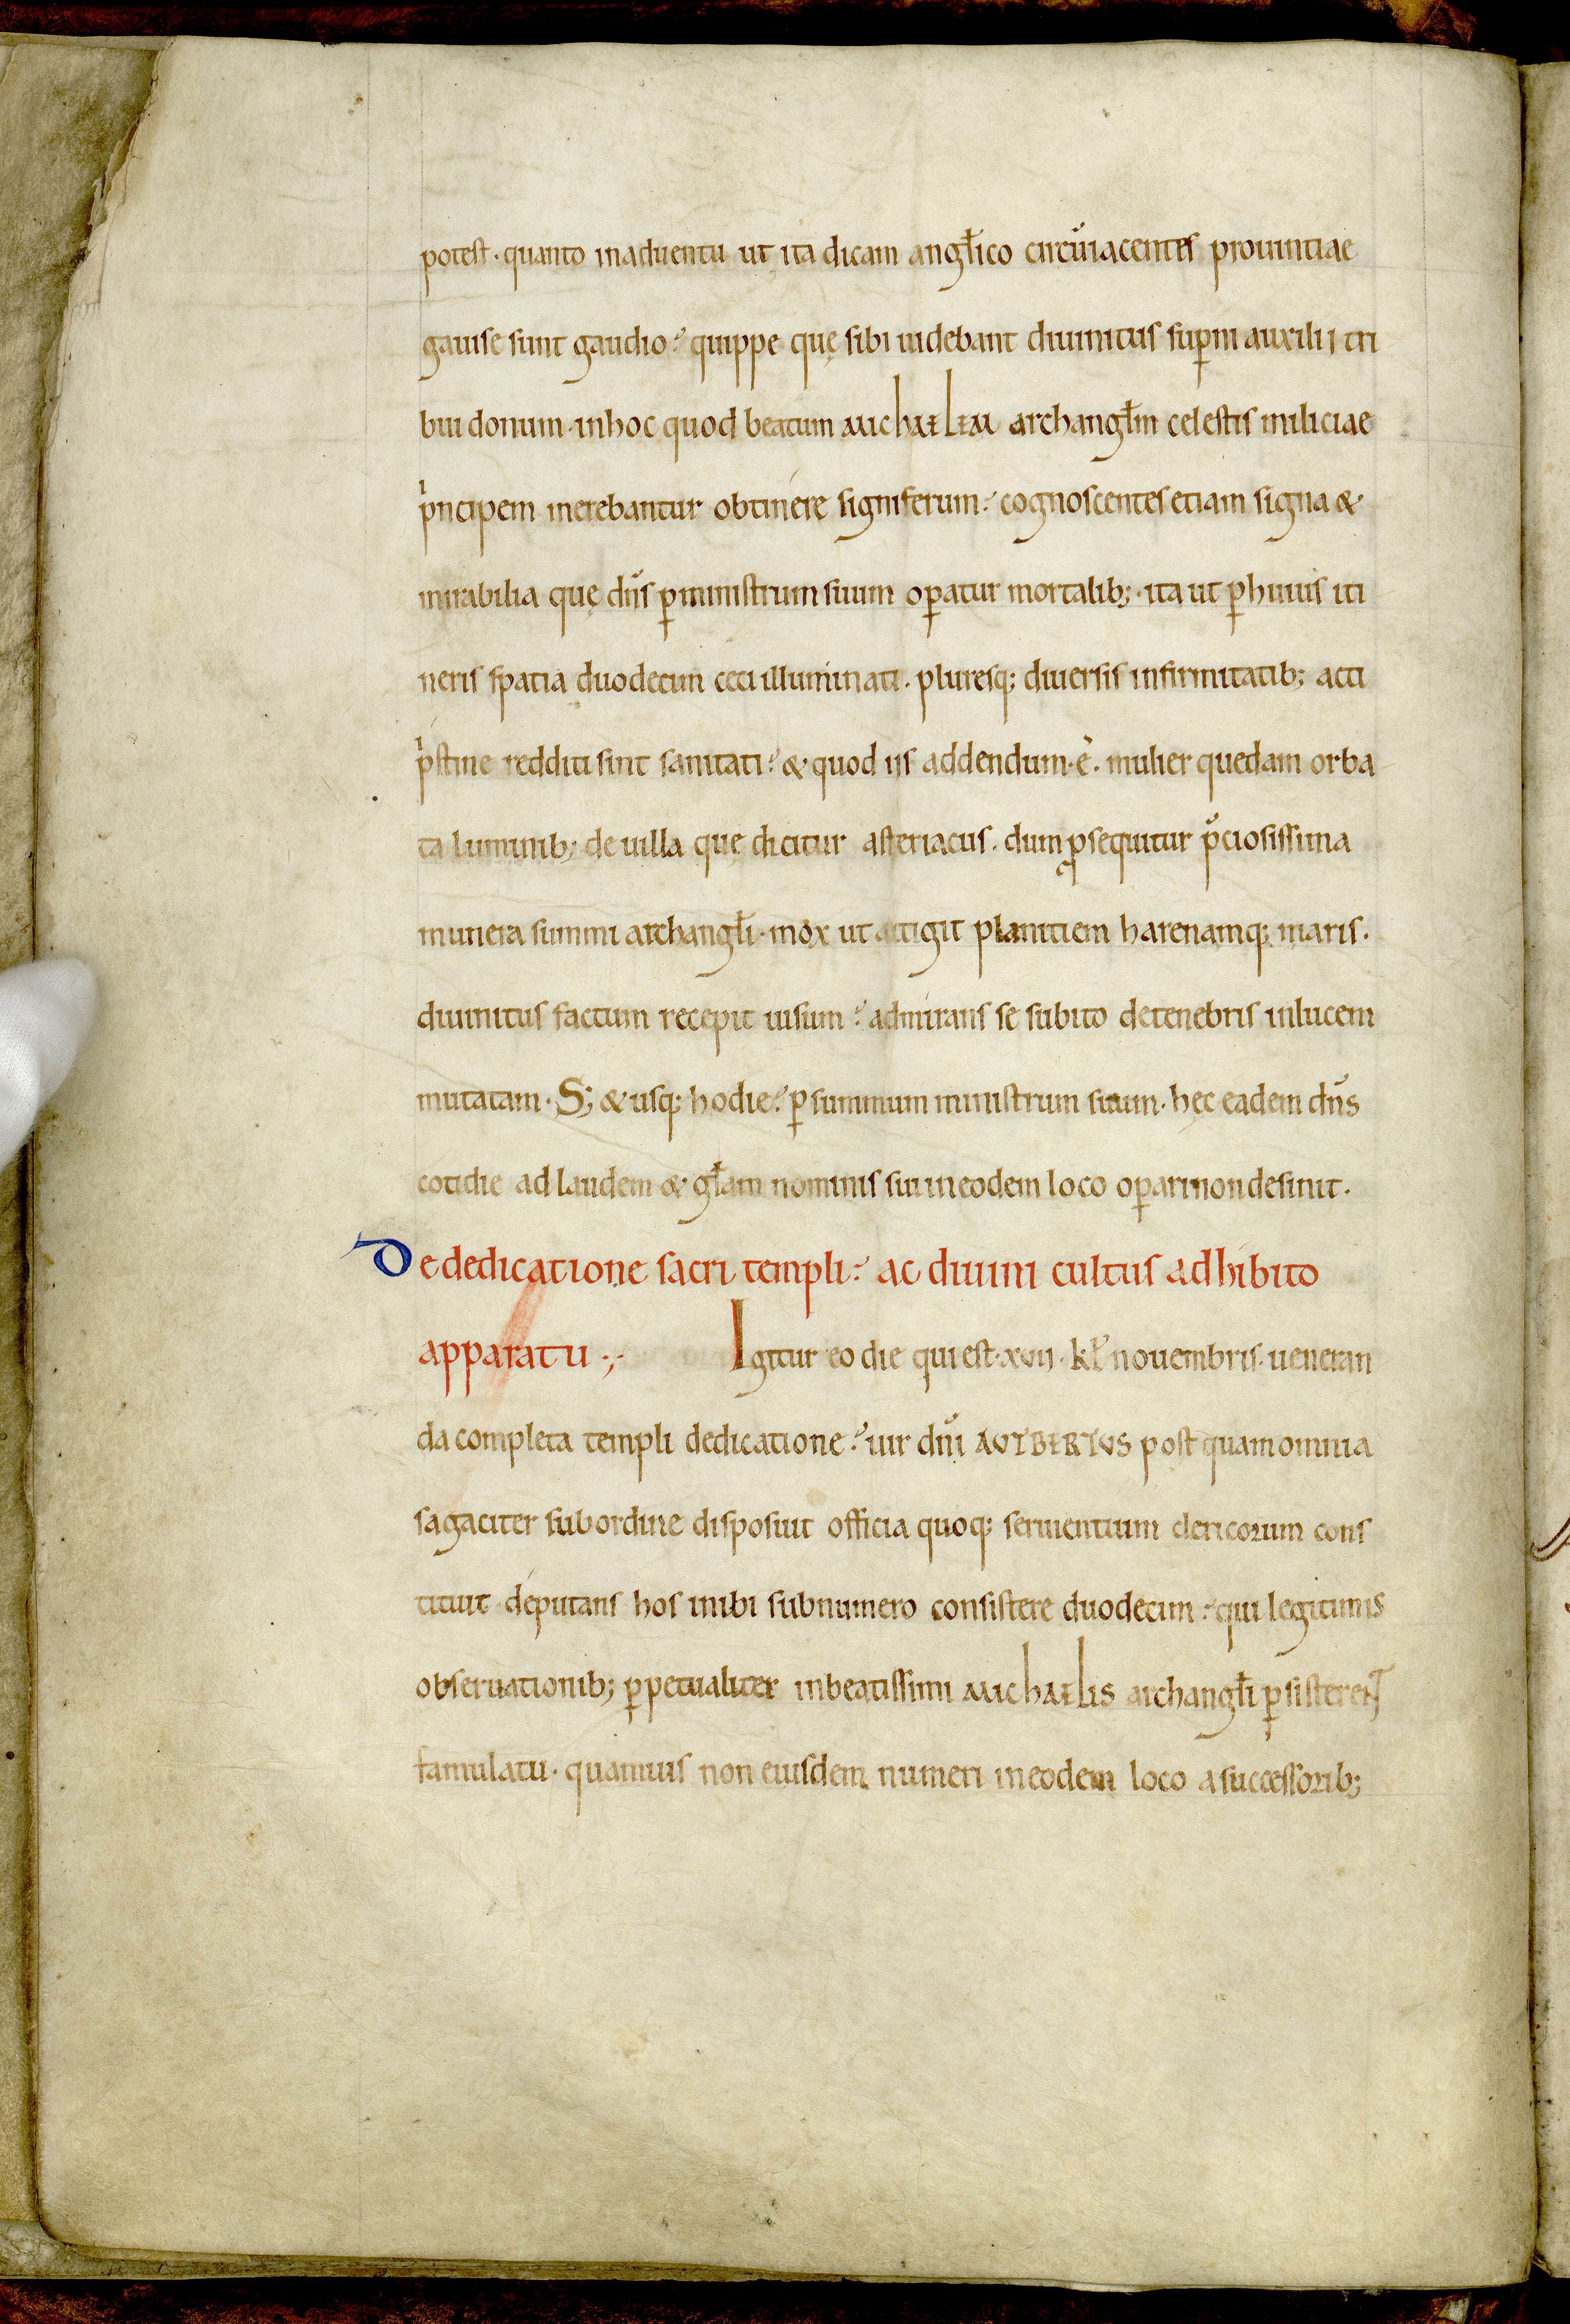
Shelfmark: Avranches, Bibliothèque municipale, 0210
Century: 12